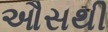
ઔસથી